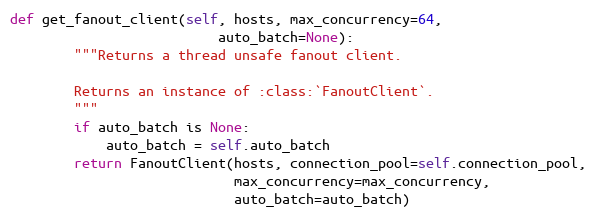
Language: Python
def get_fanout_client(self, hosts, max_concurrency=64,
                          auto_batch=None):
        """Returns a thread unsafe fanout client.

        Returns an instance of :class:`FanoutClient`.
        """
        if auto_batch is None:
            auto_batch = self.auto_batch
        return FanoutClient(hosts, connection_pool=self.connection_pool,
                            max_concurrency=max_concurrency,
                            auto_batch=auto_batch)